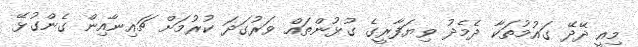
މިއީ ދޭދޭ ގައުމުތަކާ ދެމެދު ވިޔަފާރީގެ ގުޅުންތައް ވަރުގަދަ ކުރުމަށް ޗައިނާއިން ގެންގުޅޭ